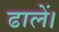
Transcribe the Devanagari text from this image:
ढालें।